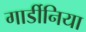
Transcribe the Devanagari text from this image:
गार्डीनिया